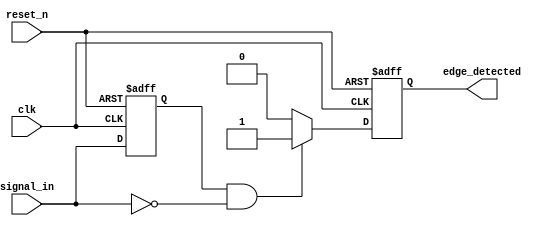
module falling_edge_detector (
    input wire clk,               // Clock signal
    input wire reset_n,           // Asynchronous active-low reset
    input wire signal_in,         // Input signal to monitor for falling edges
    output reg edge_detected      // Output signal indicating a falling edge
);

    reg signal_in_prev;           // Memory block to store the previous state of the input signal

    // Asynchronous reset and state update on rising edge of clock
    always @(posedge clk or negedge reset_n) begin
        if (!reset_n) begin
            signal_in_prev <= 1'b0;  // Initialize previous state to low
            edge_detected <= 1'b0;    // Initialize output to low
        end else begin
            // Detect falling edge
            if (signal_in_prev == 1'b1 && signal_in == 1'b0) begin
                edge_detected <= 1'b1;  // Set output high for one clock cycle
            end else begin
                edge_detected <= 1'b0;   // Reset output if no falling edge is detected
            end
            
            // Update previous state
            signal_in_prev <= signal_in; // Store current state for next clock cycle
        end
    end

endmodule